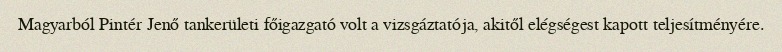
Magyarból Pintér Jenő tankerületi főigazgató volt a vizsgáztatója, akitől elégségest kapott teljesítményére.